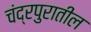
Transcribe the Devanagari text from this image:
चंद्रपुरातील